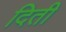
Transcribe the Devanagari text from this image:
दिती